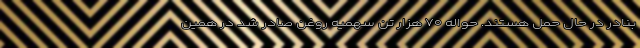
بنادر در حال حمل هستند. حواله ۷۰ هزار تن سهمیه روغن صادر شد در همین